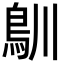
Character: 𩾧